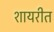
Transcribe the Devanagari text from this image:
शायरीत